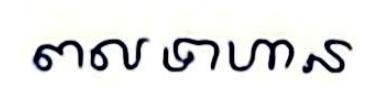
ពលទាហាន